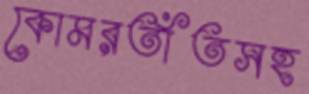
কোমরতাঁতসহ